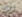
الفك